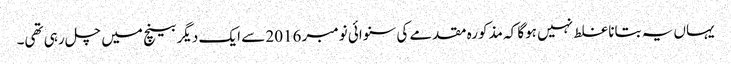
یہاں یہ بتانا غلط نہیں ہوگا کہ مذکورہ مقدمے کی سنوائی نومبر 2016 سے ایک دیگر بینچ میں چل رہی تھی۔